Vaccine operations Central Provinces 1900-1911 - 1900-1911
Year: 1900
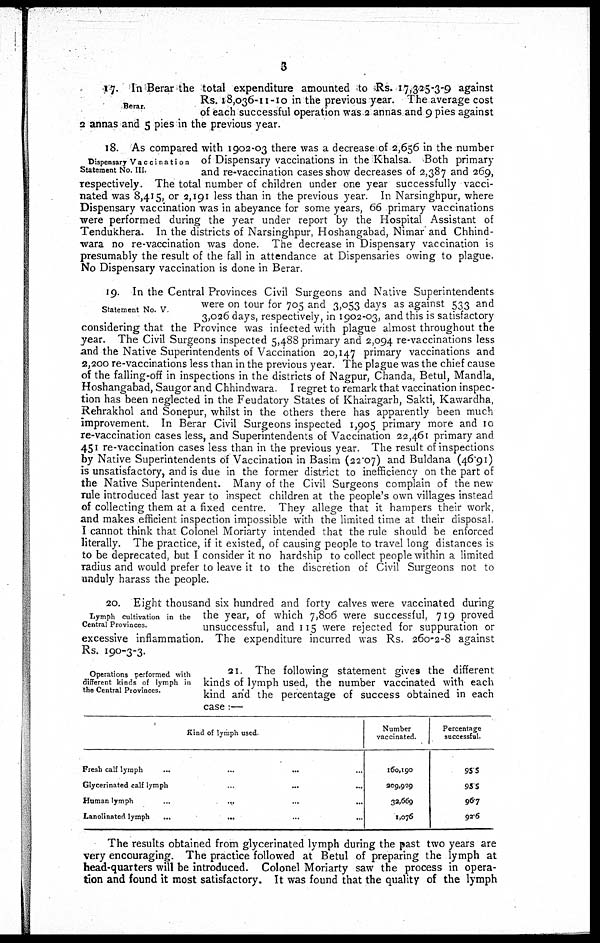
3
Berar.
17. In Berar the total expenditure amounted to Rs. 17,325-3-9 against
Rs. 18,036-11 -10 in the previous year. The average cost
of each successful operation was-2 annas and 9 pies against
2 annas and 5 pies in the previous year.
Dispensary Vaccination
Statement No. III.
18. As compared with 1902-03 there was a decrease of 2,656 in the number
of Dispensary vaccinations in the Khalsa. Both primary
and re-vaccination cases show decreases of 2,387 and 269,
respectively. The total number of children under one year successfully vacci-
nated was 8,415, or 2,191 less than in the previous year. In Narsinghpur, where
Dispensary vaccination was in abeyance for some years, 66 primary vaccinations
were performed during the year under report by the Hospital Assistant of
Tendukhera. In the districts of Narsinghpur, Hoshangabad, Nimar and Chhind-
wara no re-vaccination was done. The decrease in Dispensary vaccination is
presumably the result of the fall in attendance at Dispensaries owing to plague.
No Dispensary vaccination is done in Berar
Statement No. V
19. In the Central Provinces Civil Surgeons and Native Superintendents
were on tour for 705 and 3,053 days as against 533 and
3,026 days, respectively, in 1902-03, and this is satisfactory
considering that the Province was infected with plague almost throughout the
year. The Civil Surgeons inspected 5,488 primary and 2,094 re-vaccinations less
and the Native Superintendents of Vaccination 20,147 primary vaccinations and
2,200 re-vaccinations less than in the previous year. The plague was the chief cause
of the falling-off in inspections in the districts of Nagpur, Chanda, Betul, Mandla,
Hoshangabad, Saugor and Chhindwara. I regret to remark that vaccination inspec-
tion has been neglected in the Feudatory States of Khairagarh, Sakti, Kawardha,
Rehrakhol and Sonepur, whilst in the others there has apparently been much
improvement. In Berar Civil Surgeons inspected 1,905 primary more and 10
re-vaccination cases less, and Superintendents of Vaccination 22,461 primary and
451 re-vaccination cases less than in the previous year. The result of inspections
by Native Superintendents of Vaccination in Basim (22.07) and Buldana (46.91)
is unsatisfactory, and is due in the former district to inefficiency on the part of
the Native Superintendent. Many of the Civil Surgeons complain of the new
rule introduced last year to inspect children at the people's own villages instead
of collecting them at a fixed centre. They allege that it hampers their work,
and makes efficient inspection impossible with the limited time at their disposal
I cannot think that Colonel Moriarty intended that the rule should be enforced
literally. The practice, if it existed, of causing people to travel long distances is
to be deprecated, but I consider it no hardship to collect people within a limited
radius and would prefer to leave it to the discretion of Civil Surgeons not to
unduly harass the people.
Lymph cultivation in the
Central Provinces.
20. Eight thousand six hundred and forty calves were vaccinated during
the year, of which 7,806 were successful, 719 proved
unsuccessful, and 115 were rejected for suppuration or
excessive inflammation. The expenditure incurred was Rs. 260-2-8 against
Rs. 190-3-3.
Operations performed with
different kinds of lymph in
the Central Provinces.
21. The following statement gives the different
kinds of lymph used, the number vaccinated with each
kind and the percentage of success obtained in each
case:—
Kind of lymph used
Fresh calf lymph ... ... ... ...
Glycerinated calf lymph
...
...
...
Human lymph
...
...
...
Lanolinated lymph
...
...
...
Number
vaccinated.
160,190
209,929
32,669
1,076
Percentage
successful.
95.5
95.5
96.7
92.6
The results obtained from glycerinated lymph during the past two years are
very encouraging. The practice followed at Betul of preparing the lymph at
head-quarters will be introduced. Colonel Moriarty saw the process in opera-
tion and found it most satisfactory. It was found that the quality of the lymph